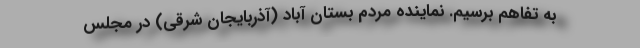
به تفاهم برسیم. نماینده مردم بستان آباد (آذربایجان شرقی) در مجلس